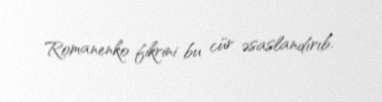
Romanenko fikrini bu cür əsaslandırıb.